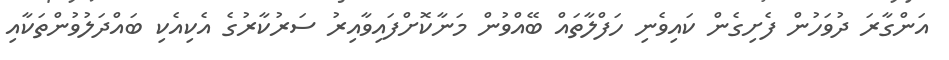
އަންގާރަ ދުވަހުން ފެށިގެން ކައިވެނި ހަފްލާތައް ބޭއްވުން މަނާކޮށްފައިވާއިރު ސަރުކާރުގެ އެކިއެކި ބައްދަލުވުންތަކާއި